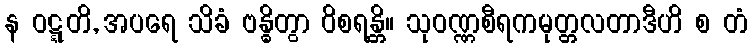
န ဝဋ္ဋတိ, အပရေ သိခံ ဗန္ဓိတွာ ဝိစရန္တိ။ သုဝဏ္ဏစီရကမုတ္တလတာဒီဟိ စ တံ